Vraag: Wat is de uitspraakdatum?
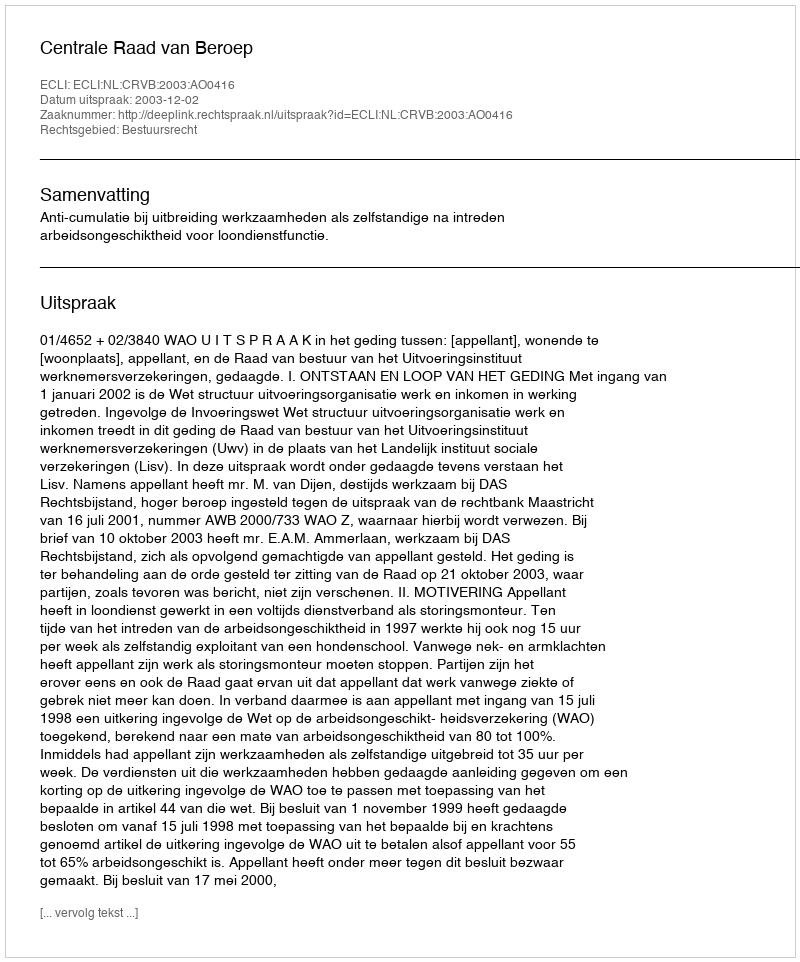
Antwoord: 2003-12-02